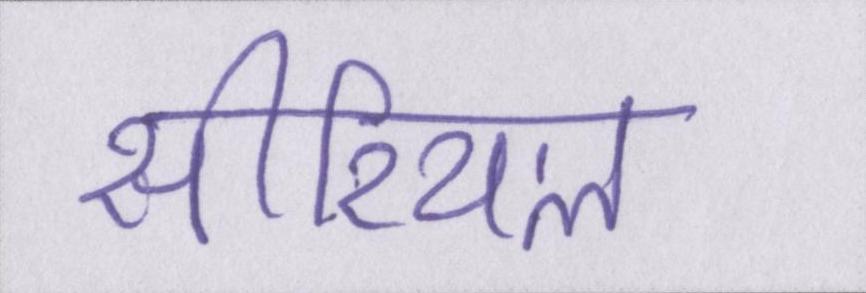
सीरियल